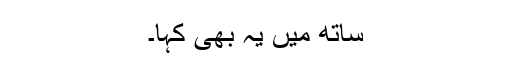
ساتھ میں یہ بھی کہا۔